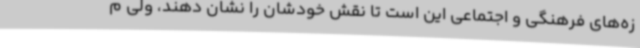
زه‌های فرهنگی و اجتماعی این است تا نقش خودشان را نشان دهند، ولی م